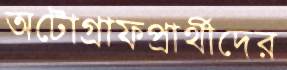
অটোগ্রাফপ্রার্থীদের